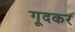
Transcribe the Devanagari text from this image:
गूदकर